Leaving Certificate Examination (including Day School Certificate (Higher) General paper), 1935
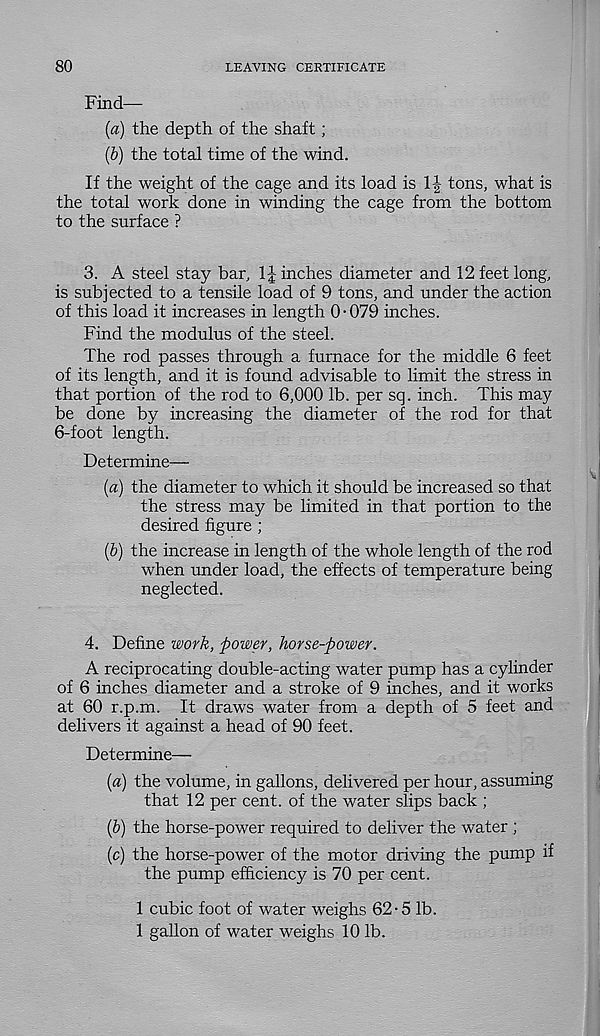
80
LEAVING CERTIFICATE
Find—
{a) the depth of the shaft;
(5) the total time of the wind.
If the weight of the cage and its load is 1J tons, what is
the total work done in winding the cage from the bottom
to the surface ?
3. A steel stay bar, 1J inches diameter and 12 feet long,
is subjected to a tensile load of 9 tons, and under the action
of this load it increases in length 0-079 inches.
Find the modulus of the steel.
The rod passes through a furnace for the middle 6 feet
of its length, and it is found advisable to limit the stress in
that portion of the rod to 6,000 lb. per sq. inch. This may
be done by increasing the diameter of the rod for that
6-foot length.
Determine—
{a) the diameter to which it should be increased so that
the stress may be limited in that portion to the
desired figure ;
(b) the increase in length of the whole length of the rod
when under load, the effects of temperature being
neglected.
4. Define work, power, horse-power.
A reciprocating double-acting water pump has a cylinder
of 6 inches diameter and a stroke of 9 inches, and it works
at 60 r.p.m. It draws water from a depth of 5 feet and
delivers it against a head of 90 feet.
Determine—
(a) the volume, in gallons, delivered per hour, assuming
that 12 per cent, of the water slips back ;
(&) the horse-power required to deliver the water ;
(c) the horse-power of the motor driving the pump if
the pump efficiency is 70 per cent.
1 cubic foot of water weighs 62-5 lb.
1 gallon of water weighs 10 lb.